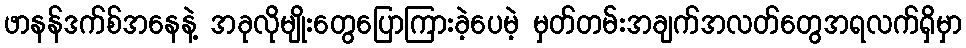
ဖာနန်ဒက်စ်အနေနဲ့ အခုလိုမျိုးတွေပြောကြားခဲ့ပေမဲ့ မှတ်တမ်းအချက်အလတ်တွေအရလက်ရှိမှာ